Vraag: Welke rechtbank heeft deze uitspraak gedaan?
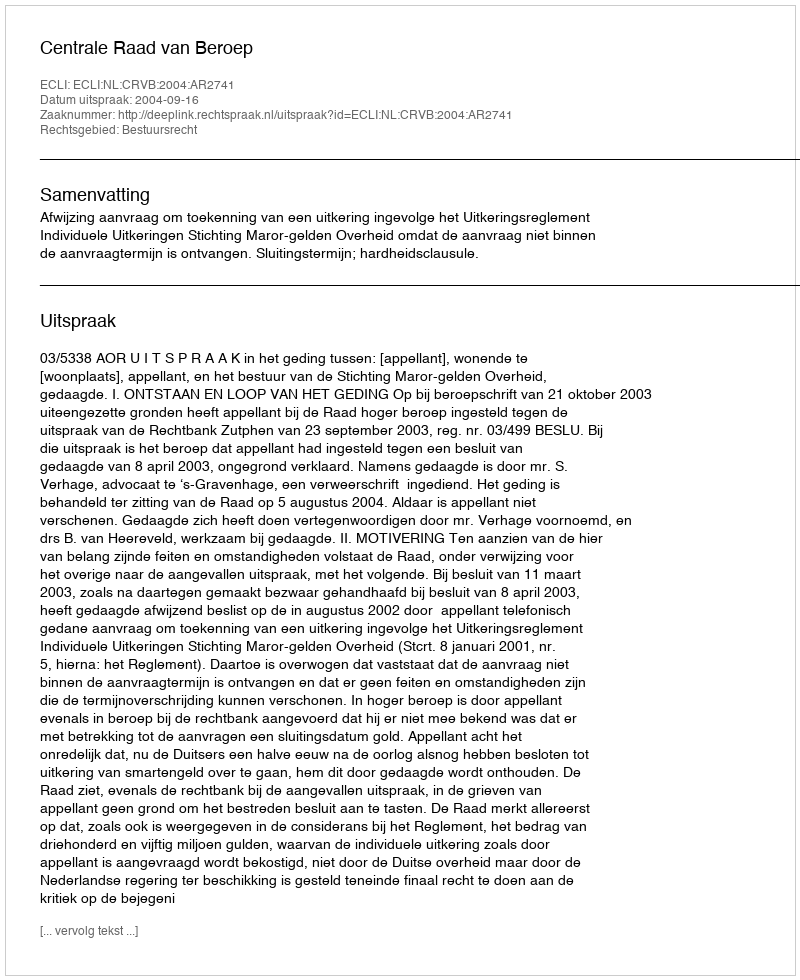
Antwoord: Centrale Raad van Beroep